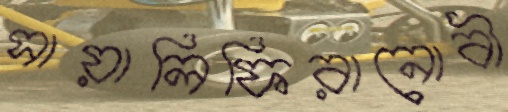
সায়ালিফিরানোবী